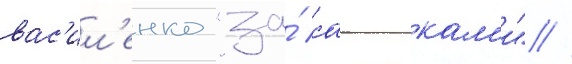
вас'ил'енко "за́ саигакам'и" //